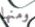
ومنها